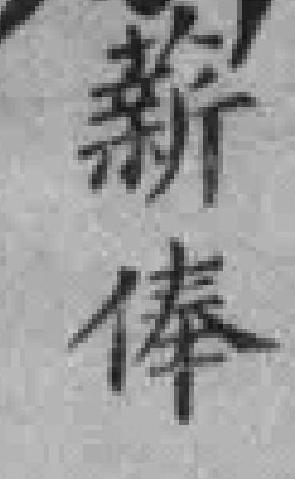
薪俸